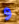
و